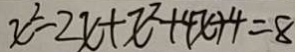
x ^ { 2 } - 2 x + x ^ { 2 } + 4 x + 4 = 8